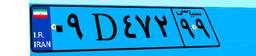
۷۸D۶۸۱۸۰